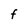
Character: F